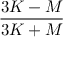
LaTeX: \frac { 3 K - M } { 3 K + M }